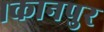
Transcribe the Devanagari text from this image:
।कानपुर